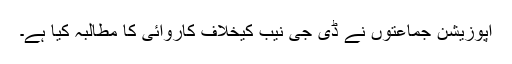
اپوزیشن جماعتوں نے ڈی جی نیب کیخلاف کاروائی کا مطالبہ کیا ہے۔